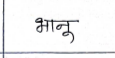
मजकूर: भानू